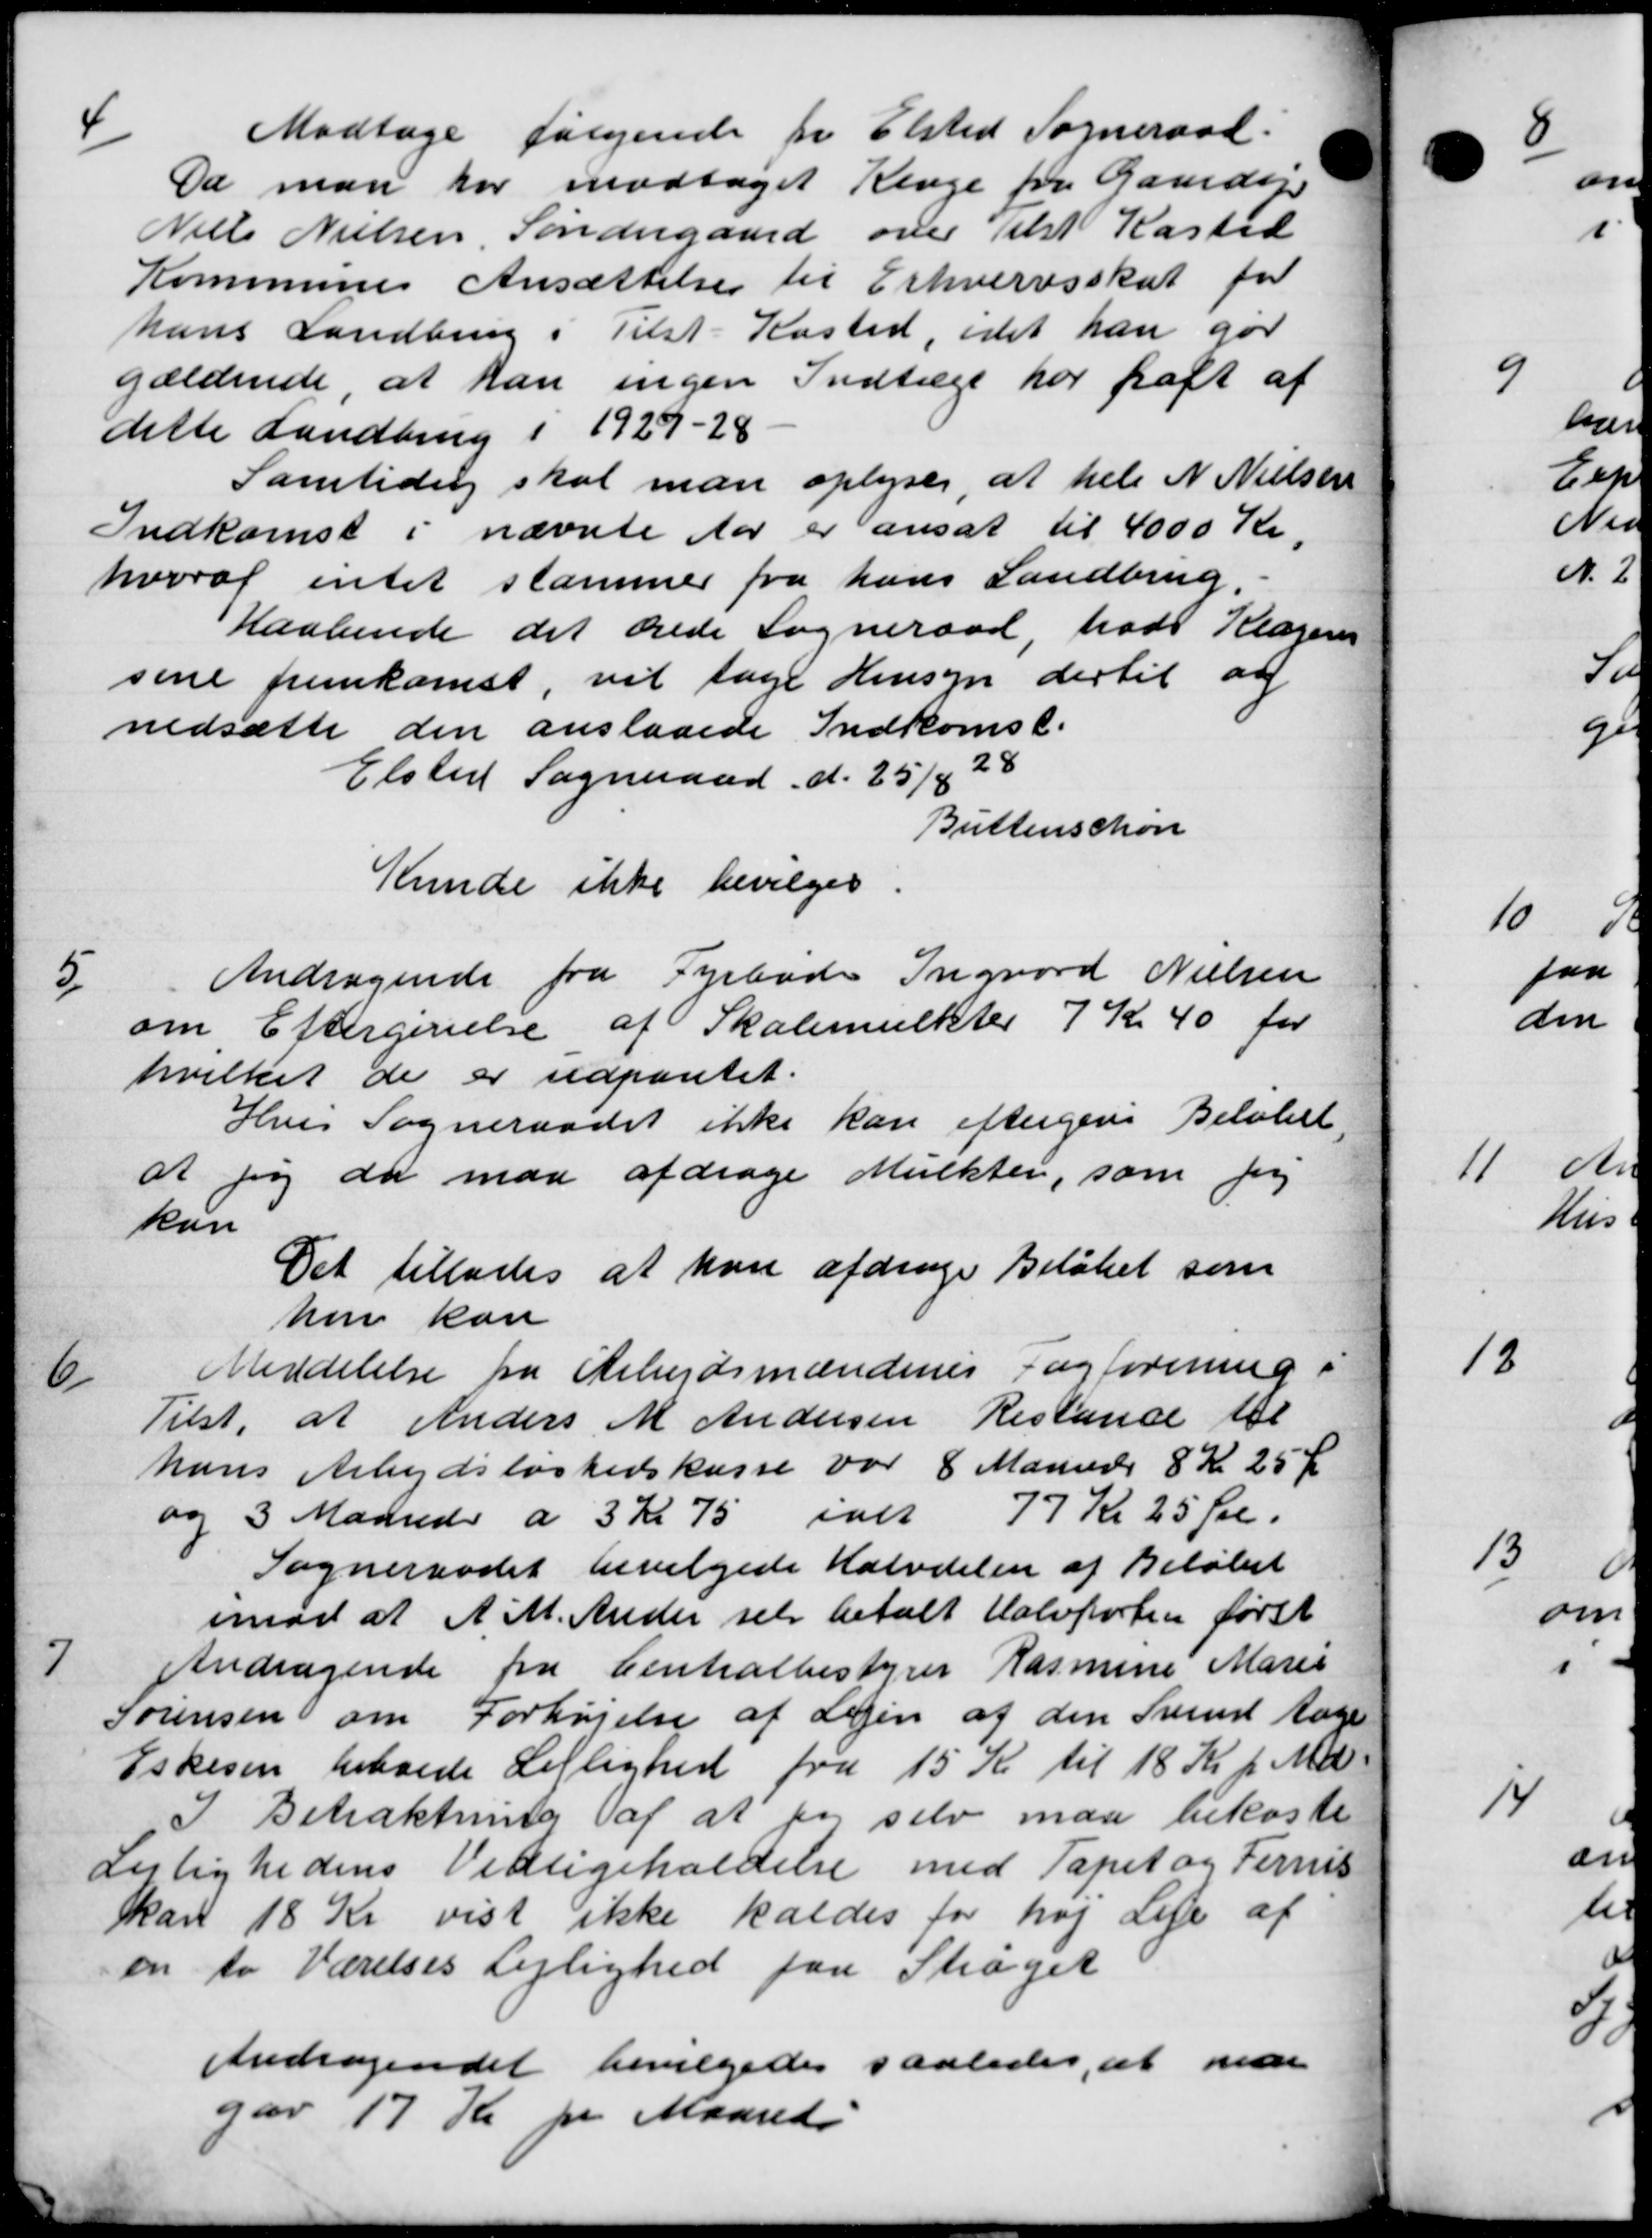
Transskription:
4
Modtage følgende for Elsted Sogneraad
Da man har modtaget Renge for Gardeje
Niels Nielsen Søndergaard over Tilst Kastel
Kommunes Ansættelse til Erhvervsskat for
hans Landbrug i Tilst-Kasted, idet han gør
gældende at kan ingen Indtægt har haft af
dette Landbrug i 1929-28
Samtiding skal man oplyses, at hele N Nielsen
Indkomst i nævnte Aar er ansat til 4000 Kr.
hvoraf intet stammer fra hans Landbrug.
Haabende det ærede Sogneraad, hade Klagen
sene fremkomst, vil tage Hensyn dertil at
nedsætte den anslaaede Indkomst.
Elsted Sogneraad d. 25/4 28
Buttenschøn
Kunde ikke bevilges.
5
Andragende fra Fyrbøde Ingvard Nielsen
om Eftergivelse af Skolemulkter 7 Kr 40 for
hvilket de er udpantet.
Hvis Sogneraadet ikke kan eftergive Beløbet
at sig der maa afdrage Mulkter, som for
kan
Det tillades at kan afdrage Beløbet som
hun kan
6
Meddelelse fra Arbejdsmændenes Fagforening i
Tilst. at Anders M Andersen Restance til
hans Arbejdsløshedskasse var 8 Mannes 8 Kr 25 Øre
og 3 Maanede a 3 Kr 75 ialt 77 Kr 25 Øre.
Sogneraadet bevilgede Halvdelen af Beløbet
imod at A. M. Ander selv betalt Halvporten først
7
Andragende fra Centralbestyrer Rasmine Marie
Sørensen om Forhøjelse af Lejen af den Svend Aage
Eskesen beboede Lejlighed fra 15 Kr til 18 Kr pr Md.
I Betraktning af at for selv maa bekoste
Lejlighedens Vedligeholdelse med Papet og Fernis
kan 18 Kr vist ikke kaldes for høj Leje af
en to Værelses Lejlighed paa Strøget
Andragendet bevilgedes saaledes, at me
gav 17 Kr pr Maaned